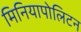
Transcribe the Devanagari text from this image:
मिनियापोलिटन